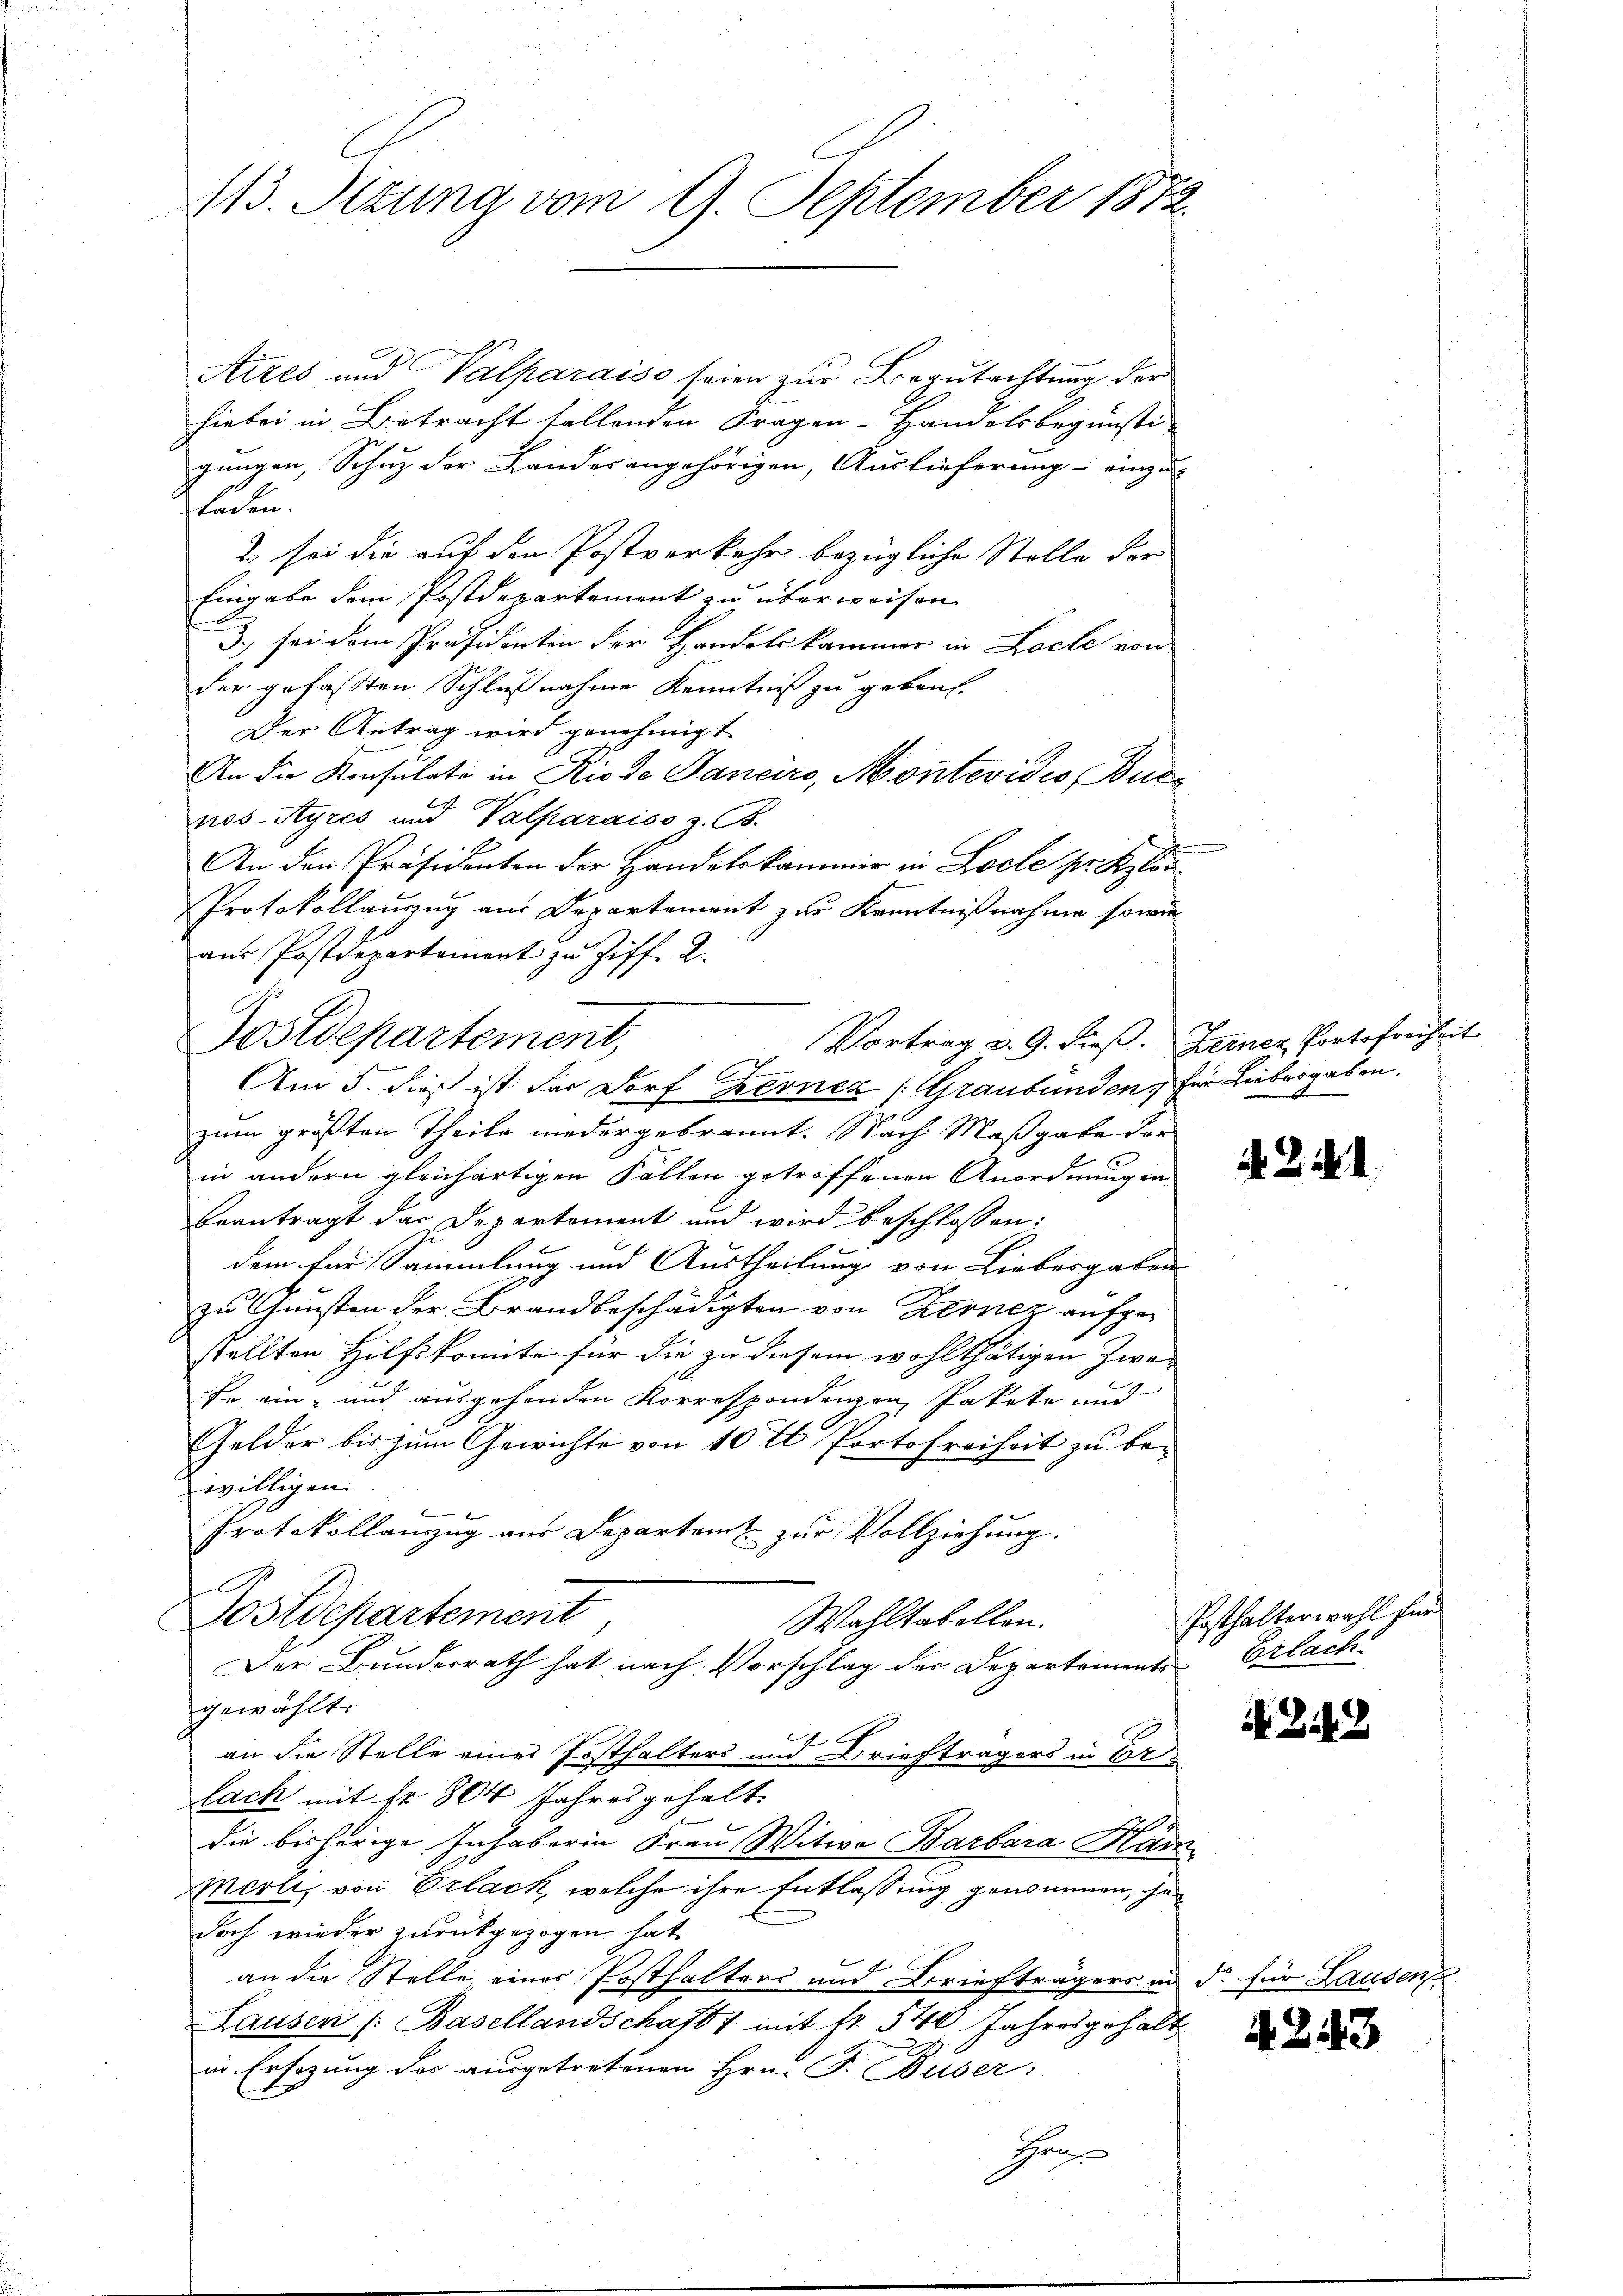
113. Situng vom 9. September 187

Aires und Valparaiso seien zur Begutachtung der
hiebei in Betracht fallenden Fragen - Handelsbegünsti-
gungen, Schuz der Lander angehörigen, Auslieferung einzu-
laden.
 sei die auf den Postverkehr bezügliche Stelle der
Eingabe dem Postdepartement zu überweisen.
3.) sei dem Präsidenten der Handelskammer in Loche von
der gefaßten Schlußnahme Kenntniß zu geben.
Der Antrag wird genehmigt.
An die Konsulate in Riode Janeiro, Montevidio, Burnos-Ayres und Valparaiso z. B.
An den Präsidenten der Handelskammer in Locle pr. Klei¬
Protokollauszug aus Departement zur Kenntnißnahme sowie
aŭs Postdepartement zu Ziff. 2.
Vortrag v. 9. dieß. Ferner Portofreiheit
zum größten Theile niedergebrannt. Nach Maßgabe der
in andern gleichartigen Fällen getroffenen Anordnungen
beantragt das Departement und wird beschlossen:
dem für Sammlung und Austheilung von Liebergaben
zu Gunsten der Brandbeschädigten von Kernez aufgestellten Hilfskomite für die zu diesem wohlthätigen Zwefe ein- und ausgehenden Korresponderen Pakete und
Gelder bis zum Gewichte von 10 t Portofreiheit zu bewilligen.
Protokollanzug aus Departem zur Vollziehung.
s
Postdepartement
Wahltabellen.
Der Bundesrath hat nach Vorschlag der Departements-Erlache
gewählt.
an die Stelle eines Posthalters und Briefträgers in Ar
lack mit fr. 804 Jahres gehalt.
die bisherige Inhaberin Frau Witwe Barbara Han
Merli, von Erlack, welche ihre Entlassung genommen, ha
doch wieder zurückgezogen hat.
an die Stelle einer Posthalters und Briefträgers in
Lausen /: Basellandschaft 1 mit fr. 540 Jahresgehalt
in Ersezung des ausgetretenen Hrn. F. Buser:
Hrn

Postdepartement,

Am 5. dieß ist das Dorf Revnez (Graubünden, für Liebergaben.

i. B. d.

Posthalterwahl für

22

d. für Lausen

.

2.

43